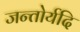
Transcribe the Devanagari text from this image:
जन्तोर्यदि